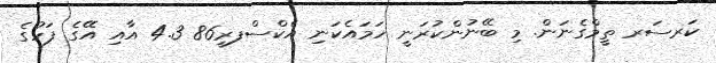
ކަރސަރ ތީމްގެނަން. މި ބޭނުންކުރަނީ ހަމައެކަނި އެކްސްފރީ86 4.3 އާއި އޭގެ ފަހުގެ